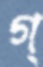
গ্